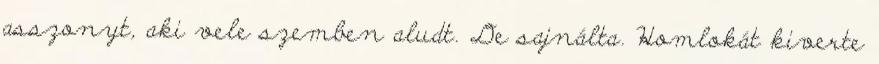
asszonyt, aki vele szemben aludt. De sajnálta. Homlokát kiverte